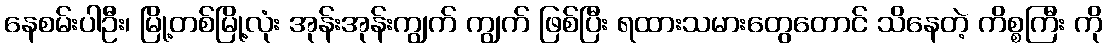
နေစမ်းပါဦး၊ မြို့တစ်မြို့လုံး အုန်းအုန်းကျွက် ကျွက် ဖြစ်ပြီး ရထားသမားတွေတောင် သိနေတဲ့ ကိစ္စကြီး ကို